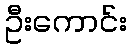
ဦးကောင်း